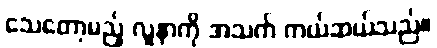
သေတော့မည့် လူနာကို အသက် ကယ်ဆယ်သည်။